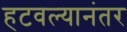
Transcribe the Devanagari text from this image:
हटवल्यानंतर